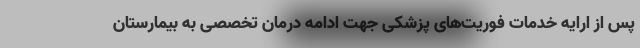
پس از ارایه خدمات فوریت‌های پزشکی جهت ادامه درمان تخصصی به بیمارستان